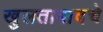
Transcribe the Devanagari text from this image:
खुलताबादचे